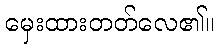
မှေးထားတတ်လေ၏။